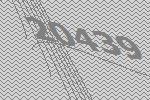
20439